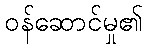
ဝန်ဆောင်မှု၏